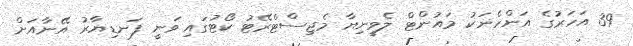
39 އަހަރުގެ އަންހެނަކު މައުންޓް ލެވީނިޔާ މެޖިސްޓްރޭޓު ކޯޓުގައި ވަނީ ފަނޑިޔާރު އޭނާއަށް